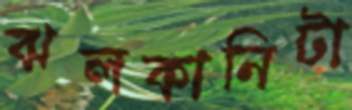
ঝলকানিটা